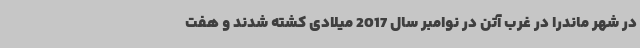
در شهر ماندرا در غرب آتن در نوامبر سال 2017 میلادی کشته شدند و هفت